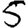
Digit: 5